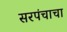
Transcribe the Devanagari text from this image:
सरपंचाचा